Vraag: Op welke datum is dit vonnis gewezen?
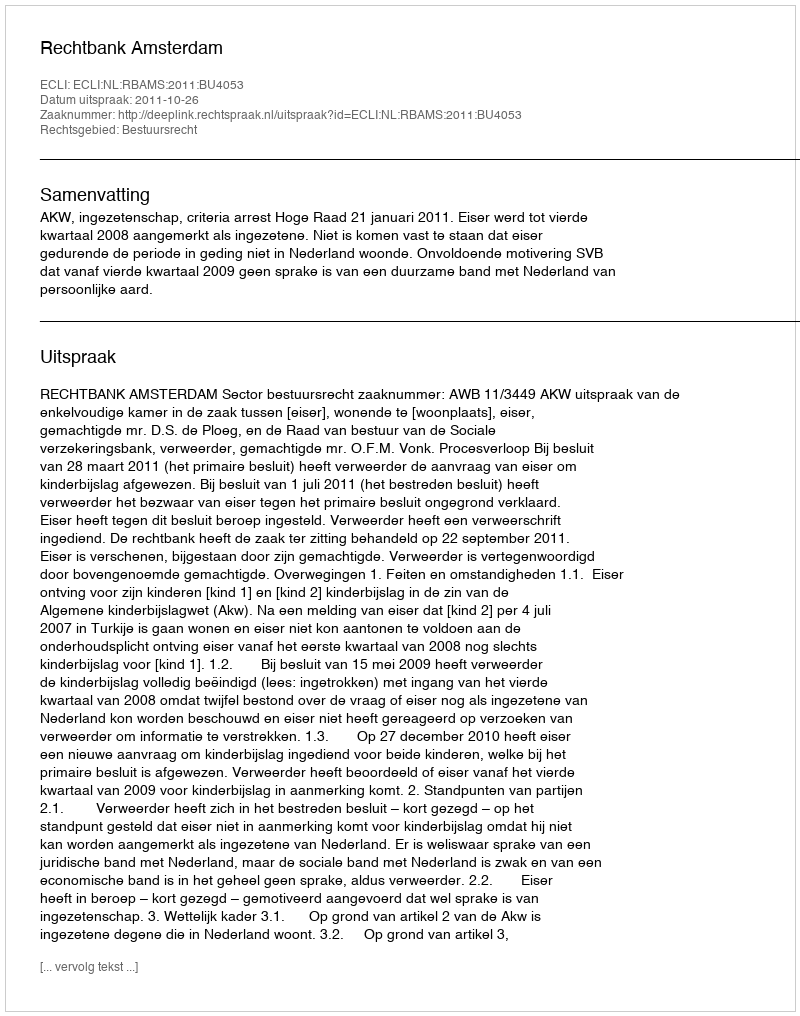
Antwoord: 2011-10-26